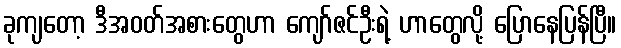
ခုကျတော့ ဒီအဝတ်အစားတွေဟာ ကျော်ဇင်ဦးရဲ့ ဟာတွေလို့ ပြောနေပြန်ပြီ။